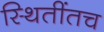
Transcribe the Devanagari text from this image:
स्थितींतच